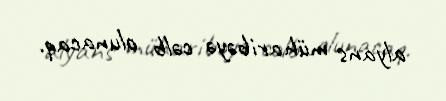
alyans müharibəyə cəlb olunacaq.